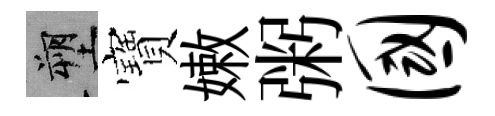
塑寶嫩粥国